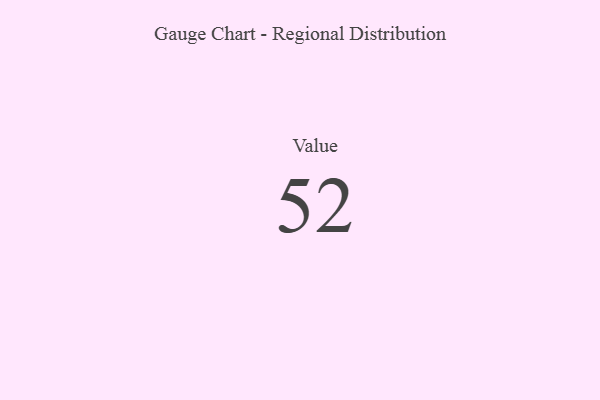
{"axis": {"x": "Metric", "y": "Value"}, "legend": [""], "data": [{"x": "Value", "y": 52, "type": ""}]}